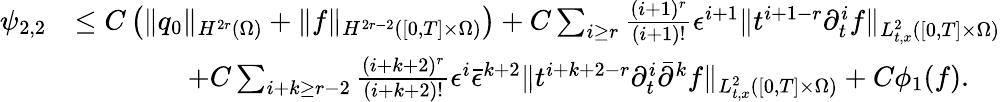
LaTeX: \begin{array}{rl}{\psi_{2,2}}&{\le C\left(\| q_{0}\| _{H^{2r}(\Omega)}+\| f\| _{H^{2r-2}([0,T]\times\Omega)}\right)+C\sum_{i\ge r}\frac{(i+1)^{r}}{(i+1)!}\epsilon^{i+1}\| t^{i+1-r}\partial_{t}^{i}f\| _{L_{t,x}^{2}([0,T]\times\Omega)}}\\ &{\quad\quad\quad\quad+C\sum_{i+k\ge r-2}\frac{(i+k+2)^{r}}{(i+k+2)!}\epsilon^{i}\bar{\epsilon}^{k+2}\| t^{i+k+2-r}\partial_{t}^{i}\bar{\partial}^{k}f\| _{L_{t,x}^{2}([0,T]\times\Omega)}+C\phi_{1}(f).}\end{array}